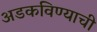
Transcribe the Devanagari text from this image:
अडकविण्याची